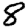
Digit: 8